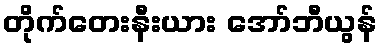
တိုက်တေးနီးယား အော်ဘီယွန်